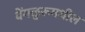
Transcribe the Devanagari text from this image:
बेंगळुरूमधील